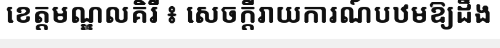
ខេត្តមណ្ឌលគិរី ៖ សេចក្តីរាយការណ៍បឋមឱ្យដឹង